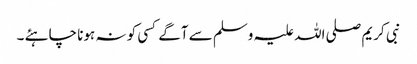
نبی کریم صلی اللہ علیہ وسلم سے آگے کسی کو نہ ہونا چاہئے ۔